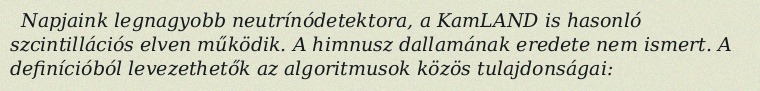
Napjaink legnagyobb neutrínódetektora, a KamLAND is hasonló szcintillációs elven működik. A himnusz dallamának eredete nem ismert. A definícióból levezethetők az algoritmusok közös tulajdonságai: